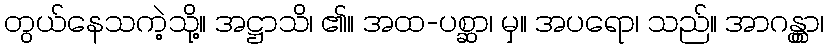
တွယ်နေသကဲ့သို့။ အဋ္ဌာသိ၊ ၏။ အထ-ပစ္ဆာ၊ မှ။ အပရော၊ သည်။ အာဂန္တွာ၊